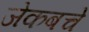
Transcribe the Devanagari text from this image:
जेकबचे